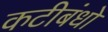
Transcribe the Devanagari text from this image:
कटीबंधो